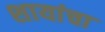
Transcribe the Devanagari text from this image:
शायांचा